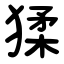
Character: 猱